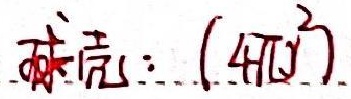
球壳：$(4\pi r^{2})$